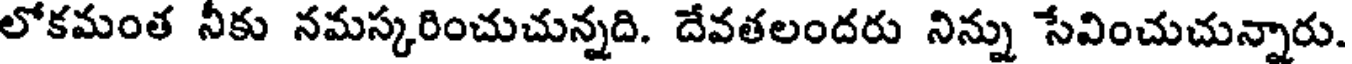
లోకమంత నీకు నమస్కరించుచున్నది. దేవతలందరు నిన్ను సేవించుచున్నారు.